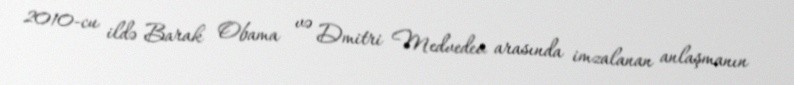
2010-cu ildə Barak Obama və Dmitri Medvedev arasında imzalanan anlaşmanın